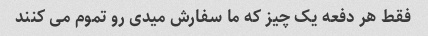
فقط هر دفعه یک چیز که ما سفارش میدی رو تموم می کنند